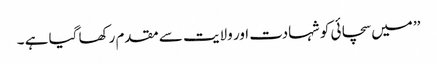
’’ میں سچائی کو شہادت اور ولایت سے مقدم رکھا گیا ہے ۔